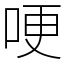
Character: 哽